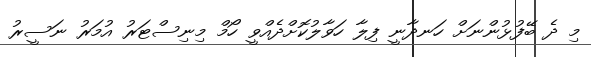
މި ދެ ބޭފުޅުންނަށް ހަނދާނީ ފިލާ ހަވާލުކޮށްދެއްވީ ހޯމް މިނިސްޓަރު އުމަރު ނަސީރު